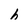
Character: h